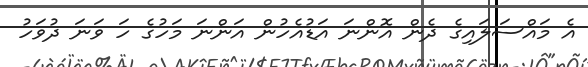
އެ މައްސަލައިގެ ދެން އޮންނަ އަޑުއެހުން އަންނަ މަހުގެ ހަ ވަނަ ދުވަހު